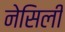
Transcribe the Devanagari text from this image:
नेसिली